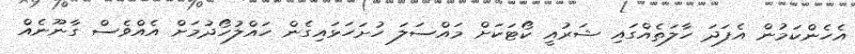
އެހެންކަމުން އެފަދަ ހާލަތެއްގައި ޝަރުއީ ކޯޓަކަށް މައްސަލަ ހުށަހަޅައިގެން ހައްލުހޯދުމަށް އެއްވެސް ގާނޫނެއް